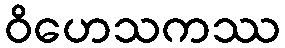
ဝိဟေသကဿ